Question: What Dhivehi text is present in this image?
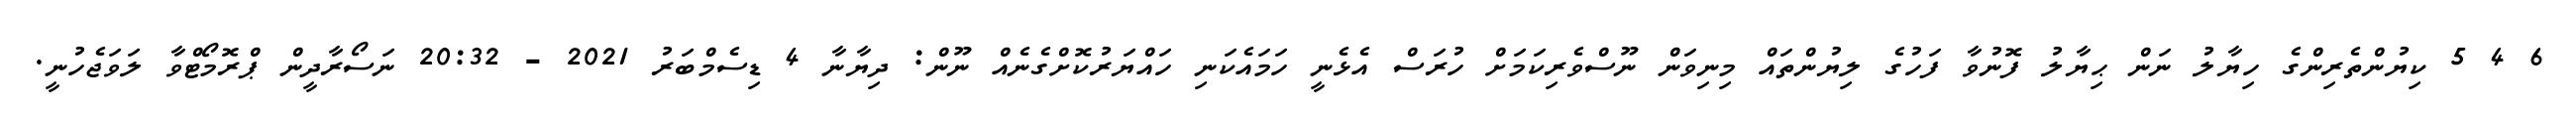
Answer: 6 4 5 ކިޔުންތެރިންގެ ހިޔާލު ނަން ޙިޔާލު ފޮނުވާ ފަހުގެ ލިޔުންތައް މިނިވަން ނޫސްވެރިކަމަށް ހުރަސް އެޅެނީ ހަމައެކަނި ހައްޔަރުކޮށްގެނެއް ނޫން: ދިޔާނާ 4 ޑިސެމްބަރު 2021 - 20:32 ނަސޯރާދީން ޕްރޮމޯޓްވާ ލަވަޖެހުނީ.